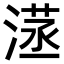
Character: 𣺜